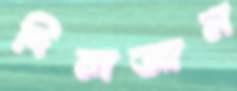
দিলজান